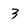
Character: 3